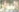
الهوار